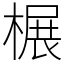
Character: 榐